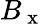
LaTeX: B_{\mathrm{~x~}}